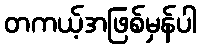
တကယ့်အဖြစ်မှန်ပါ